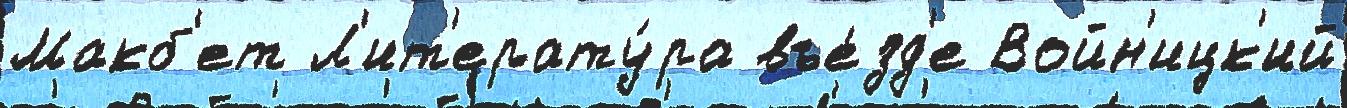
Макб'ет Л'ит'ерату́ра въе́зд'е Войн'ицк'ий